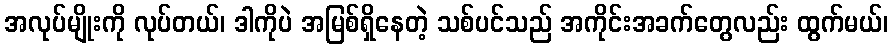
အလုပ်မျိုးကို လုပ်တယ်၊ ဒါကိုပဲ အမြစ်ရှိနေတဲ့ သစ်ပင်သည် အကိုင်းအခက်တွေလည်း ထွက်မယ်၊